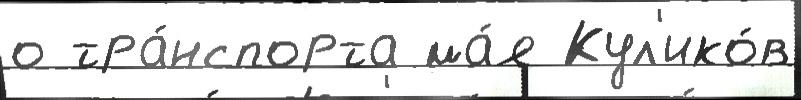
о тра́нспорта ма́я Кул'ико́в